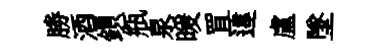
勝酒鎻瓶泉暖罝違盧墜